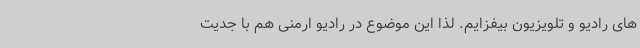
های رادیو و تلویزیون بیفزایم. لذا این موضوع در رادیو ارمنی هم با جدیت